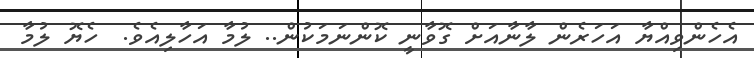
އެހެންވިއްޔާ އަހަރެން ލާނާއަށް ގޮވާނީ ކޮންނަމަކުން.. ލުމާ އަހާލިއެވެ.  ހެޔޮ ލުމާ